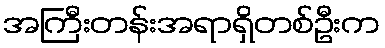
အကြီးတန်းအရာရှိတစ်ဦးက